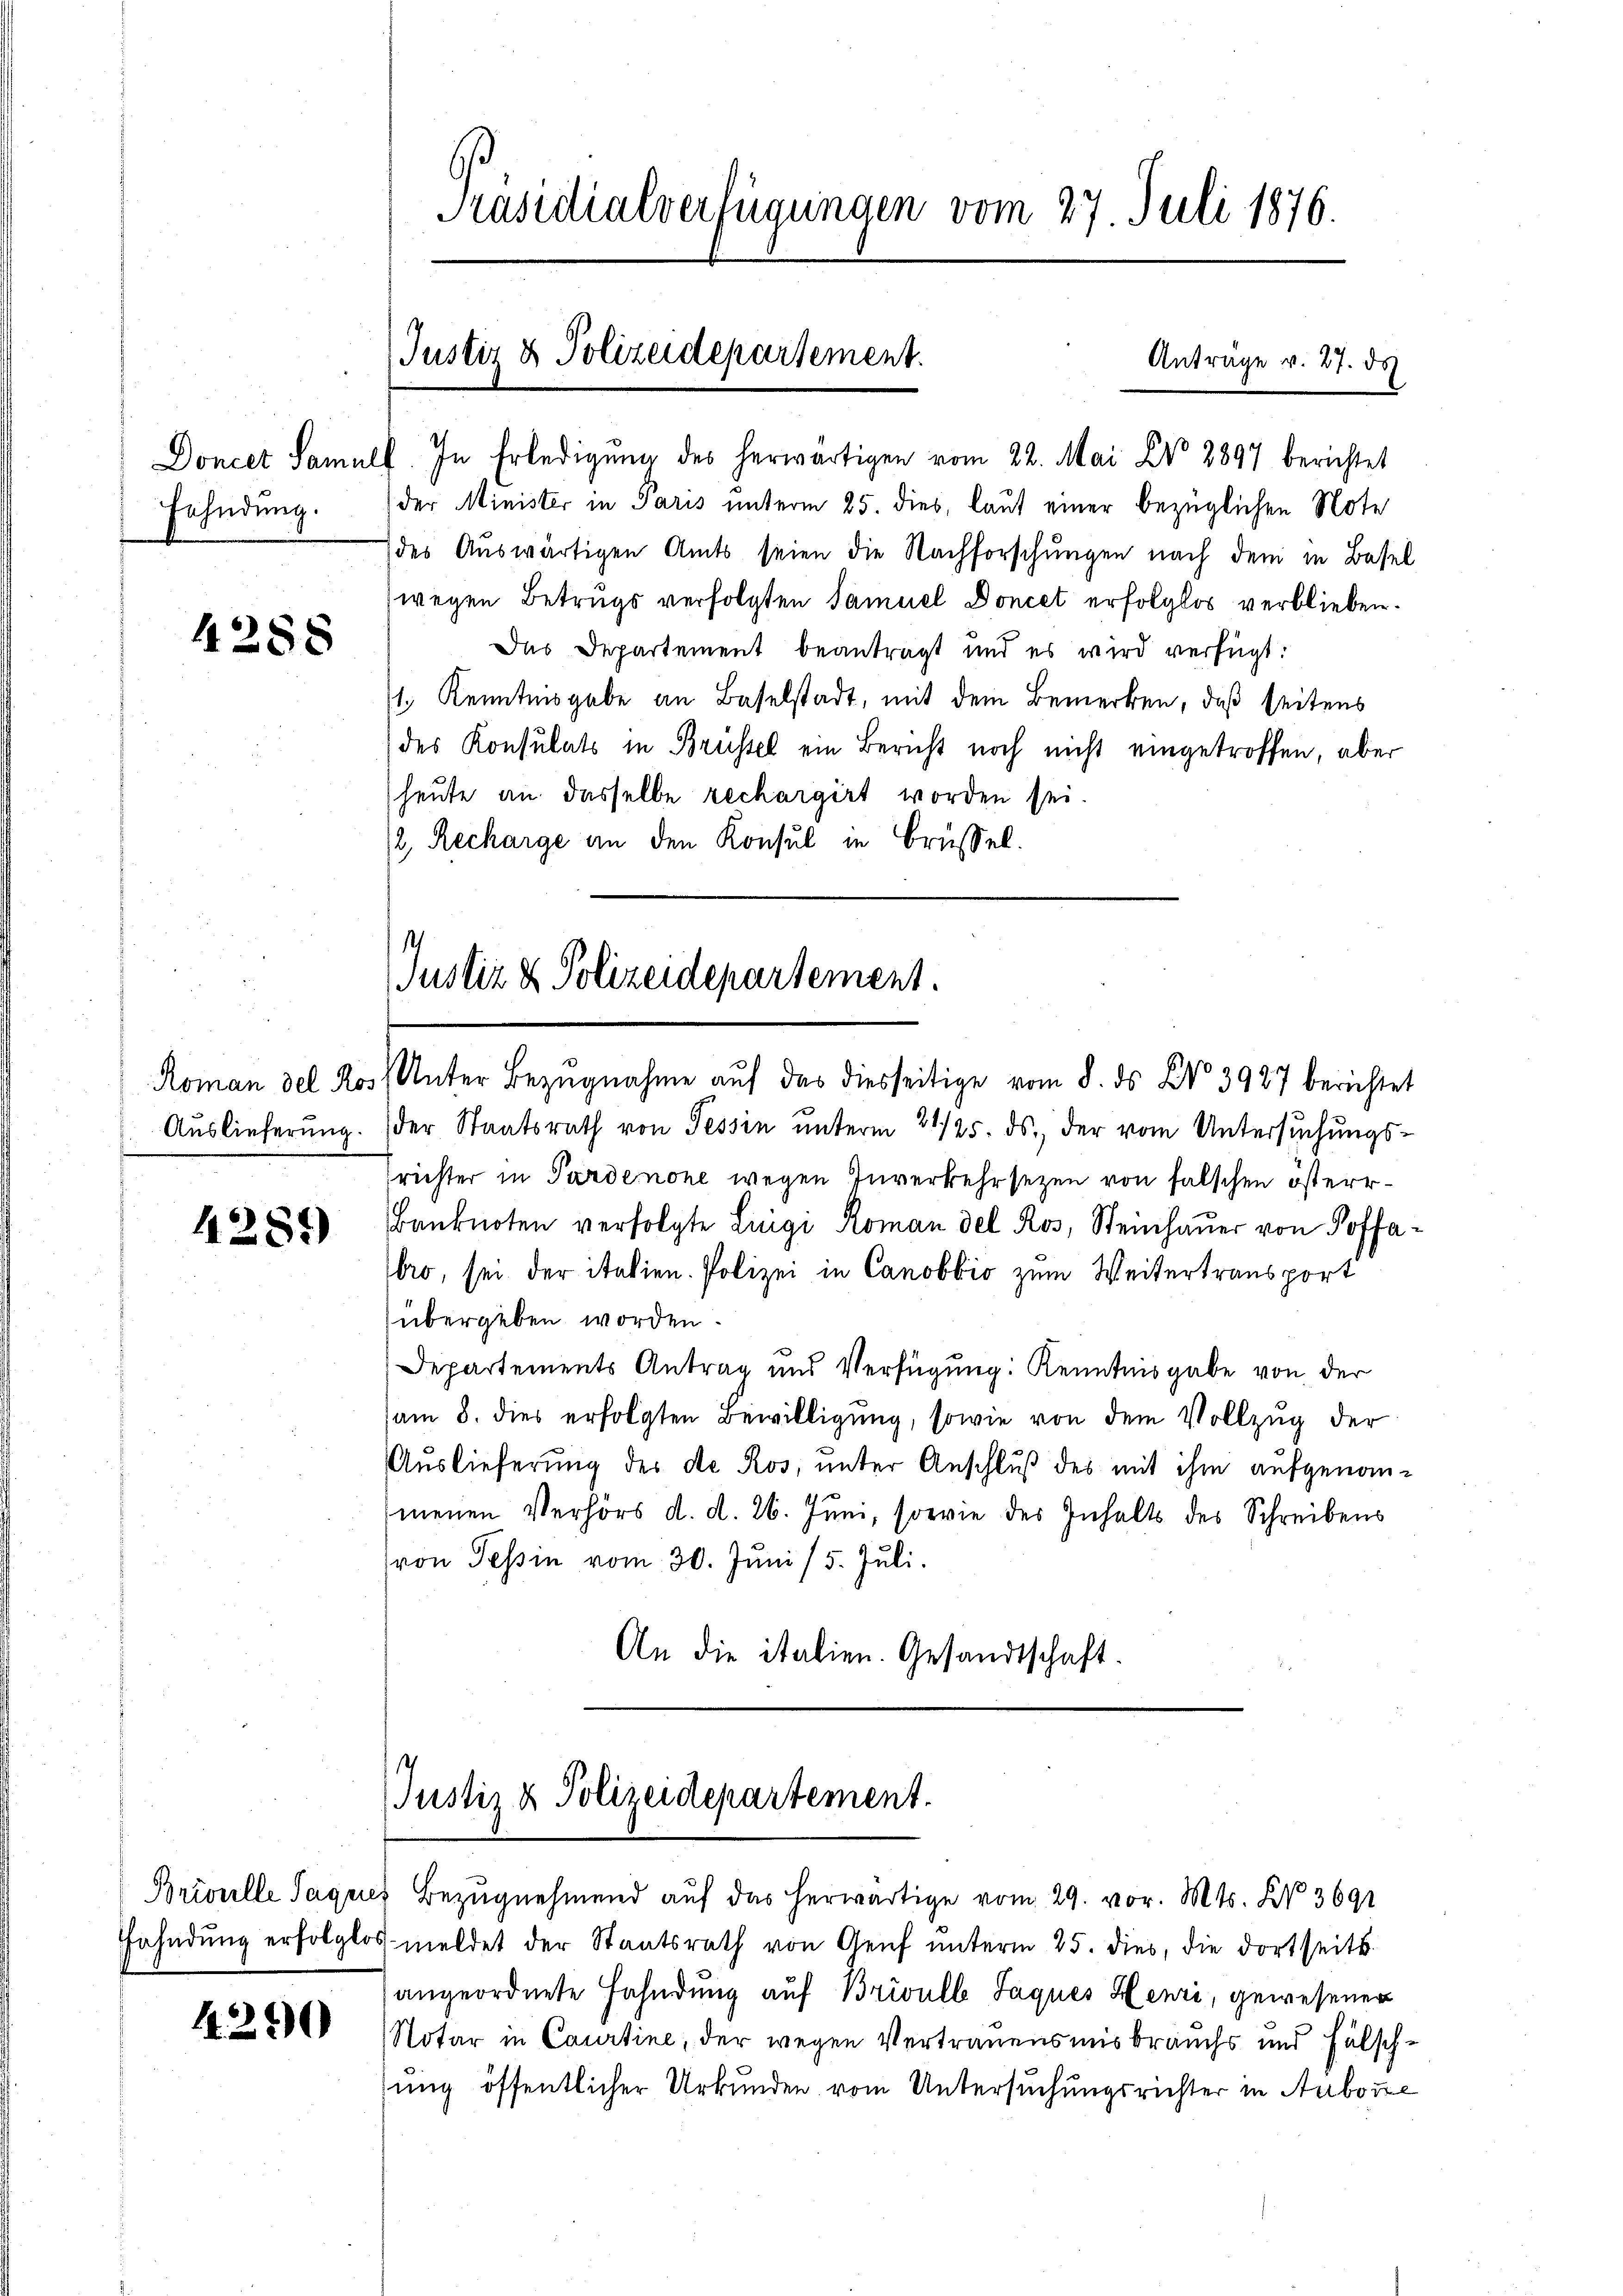
Fahndung.

4288

Roman del Ros
Auslieferung.

4285)

Brivelle Sague
Fahndung erfolglos

4250

Präsidialverfügungen vom 27. Juli 1876.

Doncet Samulf. In Erledigŭng des herwärtigen vom 22. Mai No 2897 berichtet
der Minister in Paris unterm 25. dies, lauf einer bezüglichen Note
des Auswärtigen Amts seien die Nachforschungen nach dem in Basel
wegen Betrugs verfolgten Samuel Doncet erfolglos verblieben.
Das Departement beantragt und es wird verfügt:
/1. Kenntnisgabe an Baselstadt, mit dem Bemerken, daß seitens
des Konsulats in Brüssel ein Bericht noch nicht eingetroffen, aber
heute an dasselbe rechargirt worden sei.
2, Recharge an den Konsul in Brüssel.

Justiz & Polizeidepartement.

st
Justiz & Polizeidepartement.

Unter Bezŭgnahme aŭf das diesseitige vom 8. ds No 3987 berichtet
der Staatsrath von Tessin ŭnterm 21/25. ds., der vom Untersuchungsrichter in Pardenone wegen Inverkehrsezen von falschen österr¬
Banknoten verfolgte Luigi Roman del Ros, Steinhaŭer von Poffabro, sei der italien. Polizei in Canobbio zum Weitertransport
übergeben worden.
Departements Antrag und Verfügung: Kenntnisgabe von der
am 8. dies erfolgten Bewilligung, sowie von dem Vollzug der
Auslieferung des de Ros, unter Anschluß des mit ihm aufgenom-
menen Verhörs d. d. 26. Juni, sowie des Inhalts des Schreibens
ron Tessin vom 30. Juni 15. Juli.
An die italien. Gesandtschaft.

s
Justiz & Polizeidepartement.

Bezugnehmend auf das herwärtige vom 29. vor. Mts. N. 3691
5 meldet der Staatsrath von Genf unterm 25. dies, die dortseits
angeordnete Fahndung auf Brivull Jaques Henri, gewesener
Notar in Caurtine, der wegen Vertrauensmisbrauchs und Fälschsung öffentlicher Urkunden vom Untersuchungsrichter in Aubozze

Anträge v. 27. ds